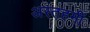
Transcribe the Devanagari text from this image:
अस्तहमीं